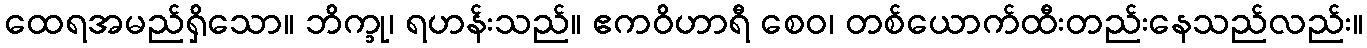
ထေရအမည်ရှိသော။ ဘိက္ခု၊ ရဟန်းသည်။ ဧကဝိဟာရီ စေဝ၊ တစ်ယောက်ထီးတည်းနေသည်လည်း။